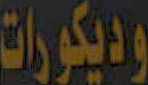
وديكورات